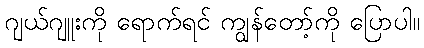
ဂျယ်ဂျူးကို ရောက်ရင် ကျွန်တော့်ကို ပြောပါ။